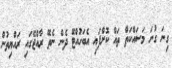
ގިނަ ގުނަ މަސައްކަތް ތައް ކޮށްފައި އެބަހުއްޓޭ ދެން ނެތޭ ރާއްޖޭގައި ރައްޔިތުން